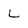
Character: L